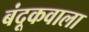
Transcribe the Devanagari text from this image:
बंदूकवाला